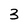
Character: 3